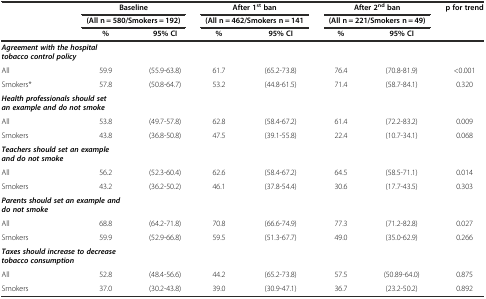
<table><thead><tr><td rowspan="3"></td><td colspan="2"><b>Baseline</b></td><td colspan="2"><b>After 1<sup>st</sup> ban</b></td><td colspan="2"><b>After 2<sup>nd</sup> ban</b></td><td rowspan="3"><b>p for trend</b></td></tr><tr><td colspan="2"><b>(All n = 580/Smokers = 192)</b></td><td colspan="2"><b>(All n = 462/Smokers n = 141</b></td><td colspan="2"><b>(All n = 221/Smokers n = 49)</b></td></tr><tr><td><b>%</b></td><td><b>95% CI</b></td><td><b>%</b></td><td><b>95% CI</b></td><td><b>%</b></td><td><b>95% CI</b></td></tr></thead><tbody><tr><td colspan="2"><b><i>Agreement with the hospital tobacco control policy</i></b></td><td></td><td></td><td></td><td></td><td></td><td></td></tr><tr><td>All</td><td>59.9</td><td>(55.9-63.8)</td><td>61.7</td><td>(65.2-73.8)</td><td>76.4</td><td>(70.8-81.9)</td><td>&lt;0.001</td></tr><tr><td>Smokers*</td><td>57.8</td><td>(50.8-64.7)</td><td>53.2</td><td>(44.8-61.5)</td><td>71.4</td><td>(58.7-84.1)</td><td>0.320</td></tr><tr><td colspan="3"><b><i>Health professionals should set an example and do not smoke</i></b></td><td></td><td></td><td></td><td></td><td></td></tr><tr><td>All</td><td>53.8</td><td>(49.7-57.8)</td><td>62.8</td><td>(58.4-67.2)</td><td>61.4</td><td>(72.2-83.2)</td><td>0.009</td></tr><tr><td>Smokers</td><td>43.8</td><td>(36.8-50.8)</td><td>47.5</td><td>(39.1-55.8)</td><td>22.4</td><td>(10.7-34.1)</td><td>0.068</td></tr><tr><td colspan="2"><b><i>Teachers should set an example and do not smoke</i></b></td><td></td><td></td><td></td><td></td><td></td><td></td></tr><tr><td>All</td><td>56.2</td><td>(52.3-60.4)</td><td>62.6</td><td>(58.4-67.2)</td><td>64.5</td><td>(58.5-71.1)</td><td>0.014</td></tr><tr><td>Smokers</td><td>43.2</td><td>(36.2-50.2)</td><td>46.1</td><td>(37.8-54.4)</td><td>30.6</td><td>(17.7-43.5)</td><td>0.303</td></tr><tr><td colspan="2"><b><i>Parents should set an example and do not smoke</i></b></td><td></td><td></td><td></td><td></td><td></td><td></td></tr><tr><td>All</td><td>68.8</td><td>(64.2-71.8)</td><td>70.8</td><td>(66.6-74.9)</td><td>77.3</td><td>(71.2-82.8)</td><td>0.027</td></tr><tr><td>Smokers</td><td>59.9</td><td>(52.9-66.8)</td><td>59.5</td><td>(51.3-67.7)</td><td>49.0</td><td>(35.0-62.9)</td><td>0.266</td></tr><tr><td colspan="2"><b><i>Taxes should increase to decrease tobacco consumption</i></b></td><td></td><td></td><td></td><td></td><td></td><td></td></tr><tr><td>All</td><td>52.8</td><td>(48.4-56.6)</td><td>44.2</td><td>(65.2-73.8)</td><td>57.5</td><td>(50.89-64.0)</td><td>0.875</td></tr><tr><td>Smokers</td><td>37.0</td><td>(30.2-43.8)</td><td>39.0</td><td>(30.9-47.1)</td><td>36.7</td><td>(23.2-50.2)</td><td>0.892</td></tr></tbody></table>